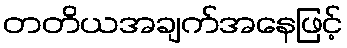
တတိယအချက်အနေဖြင့်